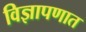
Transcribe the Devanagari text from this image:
विज्ञापणात